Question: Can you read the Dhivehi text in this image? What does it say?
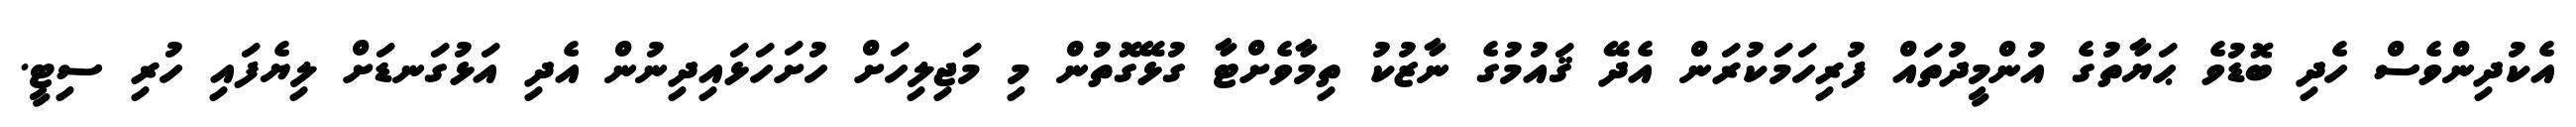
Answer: އެކުދިންވެސް ހެދި ބޮޑުވެ ޙަޔާތުގެ އުންމީދުތައް ފުރިހަމަކުރަން އެދޭ ޤައުމުގެ ނާޒުކު ތިމާވެށްޓާ ގުޅޭގޮތުން މި މަޖިލިހަށް ހުށަހަޅައިދިނުން އެދި އަޅުގަނޑަށް ލިޔެފައި ހުރި ސިޓީ.